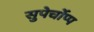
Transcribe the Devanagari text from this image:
सुपेर्चोप्प